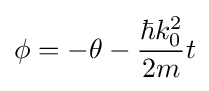
\phi =-\theta -{\frac {\hbar k_{0}^{2}}{2m}}t